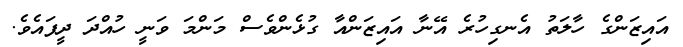
އައިޒަންގެ ހާލަތު އެނގިހުރެ އޭނާ އައިޒަންއާ ގުޅެންވެސް މަންމަ ވަނީ ހުއްދަ ދީފައެވެ.